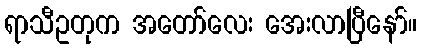
ရာသီဥတုက အတော်လေး အေးလာပြီနော်။